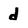
Character: d